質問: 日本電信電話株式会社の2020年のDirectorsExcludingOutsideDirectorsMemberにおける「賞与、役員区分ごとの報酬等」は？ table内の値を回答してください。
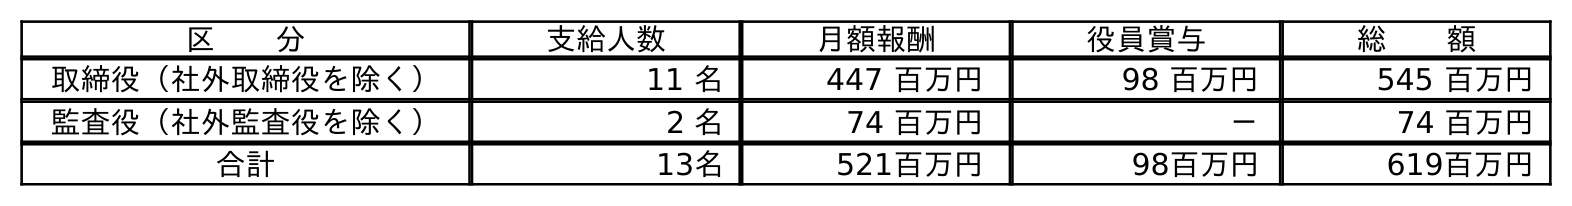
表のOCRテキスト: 区  分 支給人数 月額報酬 役員賞与 総  額 取締役（社外取締役を除く） 11 名 447 百万円 98 百万円 545 百万円 監査役（社外監査役を除く） 2 名 74 百万円 － 74 百万円 合計 13名 521百万円 98百万円 619百万円
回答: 98百万円